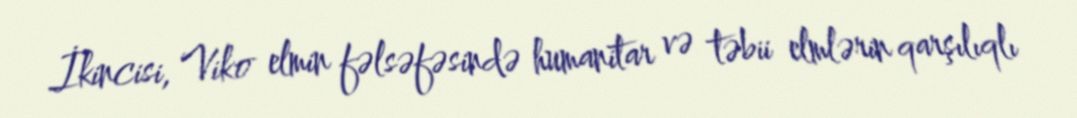
İkincisi, Viko elmin fəlsəfəsində humanitar və təbii elmlərin qarşılıqlı